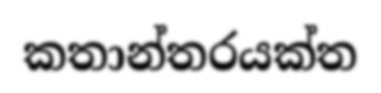
කතාන්තරයක්ත